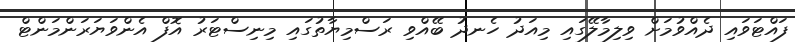
ފައްޓަވައި ދެއްވުމަށް ވިލިމާލޭގައި މިއަދު ހެނދު ބޭއްވި ރަސްމިޔާތުގައި މިނިސްޓަރު އޮފް އެންވަޔަރަންމަންޓް